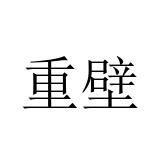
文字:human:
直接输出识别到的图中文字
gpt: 重壁